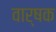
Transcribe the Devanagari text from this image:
वार्षक